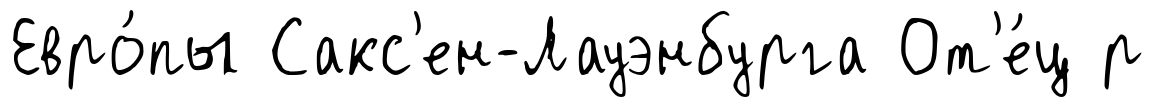
Евро́пы Сакс'ен-Лауэнбурга От'е́ц р